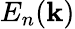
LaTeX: E_{n}(\mathbf{k})